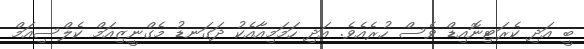
ބީ އަދި ކެރަޓިނޮއިޑް ވެސް ހުރެއެވެ. އަދި ހަމަމިއާއެކު ދަގަނޑު މެގްނީޒިއަމް ކެލްސިއަމް